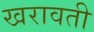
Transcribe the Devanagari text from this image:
खरावती